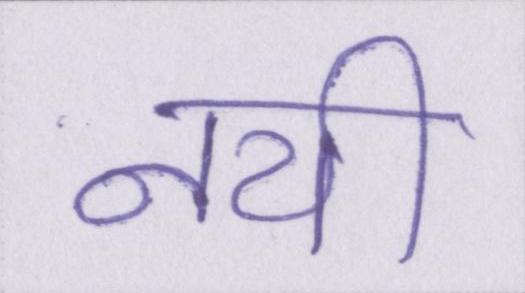
नयी